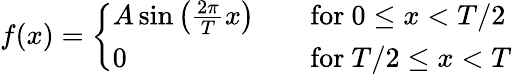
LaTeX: f(x)={\left\{ \begin{array}{ll}{A\sin\left({\frac{2\pi}{T}}x\right)}&{\quad{\mathrm{for~}}0\leq x<T/2}\\ {0}&{\quad{\mathrm{for~}}T/2\leq x<T}\end{array}\right.}